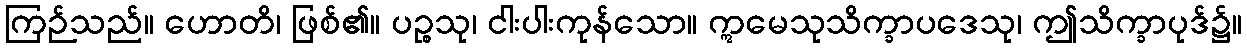
ကြဉ်သည်။ ဟောတိ၊ ဖြစ်၏။ ပဉ္စသု၊ ငါးပါးကုန်သော။ ဣမေသုသိက္ခာပဒေသု၊ ဤသိက္ခာပုဒ်၌။